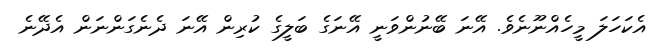
އެކަހަލަ މީހެއްނޫނެވެ. އޭނަ ބޭނުންވަނީ އޭނަގެ ބަލީގެ ކުރިން އޭނަ ދެނެގަންނަން އެދޭނެ